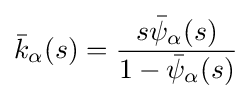
{\bar {k}}_{\alpha }(s)={\frac {s{\bar {\psi }}_{\alpha }(s)}{1-{\bar {\psi }}_{\alpha }(s)}}